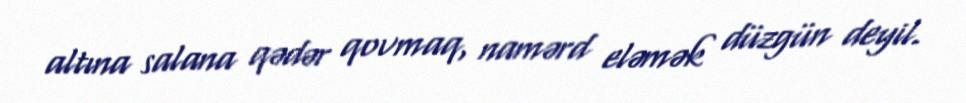
altına salana qədər qovmaq, namərd eləmək düzgün deyil.